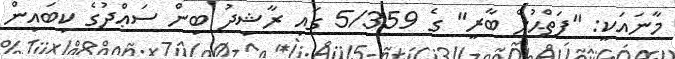
މާނައަކީ: "ފަތްޙުލް ބާރީ" ގެ 5/359 ގައި ރާޝިދު ބިން ސަޢްދުގެ ކިބައިން